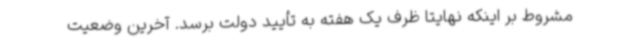
مشروط بر اینکه نهایتا ظرف یک هفته به تأیید دولت برسد. آخرین وضعیت